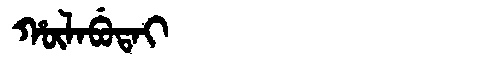
Manchu: ᡥᡡᠯᠠᠪᡠᡨᠠᡳ
Romanization: HŪLABUTAI